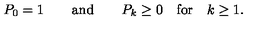
P _ { 0 } = 1 \qquad \mathrm { a n d } \qquad P _ { k } \geq 0 \quad \mathrm { f o r } \quad k \geq 1 .